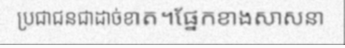
ប្រជាជនជាដាច់ខាត។ផ្នែកខាងសាសនា